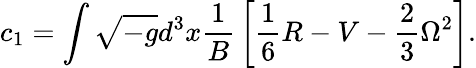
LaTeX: c_{1}=\int\sqrt{-g}d^{3}x{\frac{1}{B}}\left[\frac 16R-V-\frac 23\Omega^{2}\right].